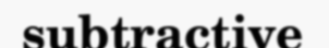
subtractive